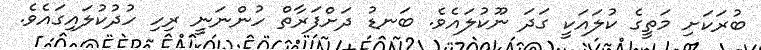
ބުރަކަށި މަތީގެ ކުލައަކީ ގަދަ ނޫކުލައެވެ. ބަނޑު ދަށްފަރާތް ހުންނަނީ ރިހި ހުދުކުލައިގައެވެ.